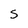
Character: S